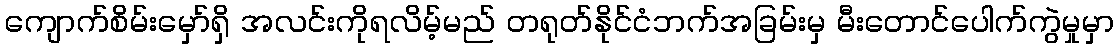
ကျောက်စိမ်းမှော်ရှိ အလင်းကိုရလိမ့်မည် တရုတ်နိုင်ငံဘက်အခြမ်းမှ မီးတောင်ပေါက်ကွဲမှုမှာ